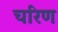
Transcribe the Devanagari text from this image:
चरिण